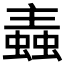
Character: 𧏼